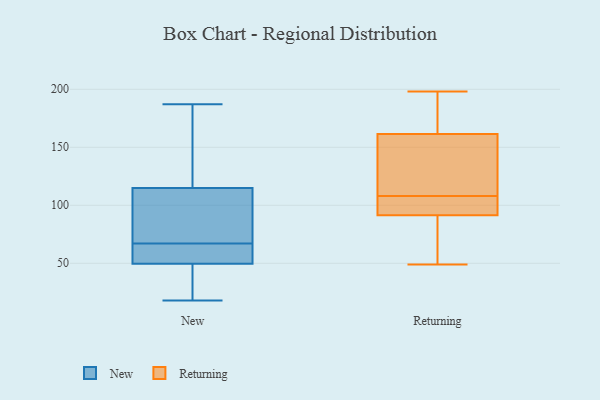
{"axis": {"x": "Backlog", "y": "Value"}, "legend": ["New", "Returning"], "data": [{"x": "", "y": 45, "type": "New"}, {"x": "", "y": 61, "type": "New"}, {"x": "", "y": 187, "type": "New"}, {"x": "", "y": 67, "type": "New"}, {"x": "", "y": 102, "type": "New"}, {"x": "", "y": 163, "type": "New"}, {"x": "", "y": 66, "type": "New"}, {"x": "", "y": 154, "type": "New"}, {"x": "", "y": 18, "type": "New"}, {"x": "", "y": 51, "type": "New"}, {"x": "", "y": 32, "type": "New"}, {"x": "", "y": 85, "type": "New"}, {"x": "", "y": 67, "type": "New"}, {"x": "", "y": 103, "type": "Returning"}, {"x": "", "y": 157, "type": "Returning"}, {"x": "", "y": 89, "type": "Returning"}, {"x": "", "y": 162, "type": "Returning"}, {"x": "", "y": 160, "type": "Returning"}, {"x": "", "y": 60, "type": "Returning"}, {"x": "", "y": 49, "type": "Returning"}, {"x": "", "y": 198, "type": "Returning"}, {"x": "", "y": 108, "type": "Returning"}, {"x": "", "y": 171, "type": "Returning"}, {"x": "", "y": 99, "type": "Returning"}]}